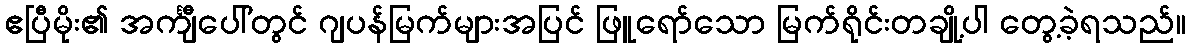
ဧပြီမိုး၏ အင်္ကျီပေါ်တွင် ဂျပန်မြက်များအပြင် ဖြူရော်သော မြက်ရိုင်းတချို့ပါ တွေ့ခဲ့ရသည်။